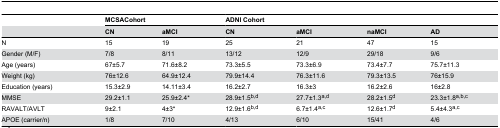
<table><thead><tr><td></td><td colspan="2"><b>MCSACohort</b></td><td colspan="4"><b>ADNI Cohort</b></td></tr><tr><td></td><td><b>CN</b></td><td><b>aMCI</b></td><td><b>CN</b></td><td><b>aMCI</b></td><td><b>naMCI</b></td><td><b>AD</b></td></tr></thead><tbody><tr><td>N</td><td>15</td><td>19</td><td>25</td><td>21</td><td>47</td><td>15</td></tr><tr><td>Gender (M/F)</td><td>7/8</td><td>8/11</td><td>13/12</td><td>12/9</td><td>29/18</td><td>9/6</td></tr><tr><td>Age (years)</td><td>67±5.7</td><td>71.6±8.2</td><td>73.3±5.5</td><td>73.3±6.9</td><td>73.4±7.7</td><td>75.7±11.3</td></tr><tr><td>Weight (kg)</td><td>76±12.6</td><td>64.9±12.4</td><td>79.9±14.4</td><td>76.3±11.6</td><td>79.3±13.5</td><td>76±15.9</td></tr><tr><td>Education (years)</td><td>15.3±2.9</td><td>14.11±3.4</td><td>16.2±2.7</td><td>16.3±3</td><td>16.2±2.6</td><td>16±2.8</td></tr><tr><td>MMSE</td><td>29.2±1.1</td><td>25.9±2.4*</td><td>28.9±1.5<sup>b,d</sup></td><td>27.7±1.3<sup>a,d</sup></td><td>28.2±1.5<sup>d</sup></td><td>23.3±1.8<sup>a,b,c</sup></td></tr><tr><td>RAVALT/AVLT</td><td>9±2.1</td><td>4±3*</td><td>12.9±1.6<sup>b,d</sup></td><td>6.7±1.4<sup>a,c</sup></td><td>12.6±1.7<sup>d</sup></td><td>5.4±4.3<sup>a,c</sup></td></tr><tr><td>APOE (carrier/n)</td><td>1/8</td><td>7/10</td><td>4/13</td><td>6/10</td><td>15/41</td><td>4/6</td></tr></tbody></table>